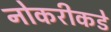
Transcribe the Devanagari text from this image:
नोकरीकडे